Report on vaccination North-West Frontier Province 1904-1922 - 1904-1922
Year: 1904
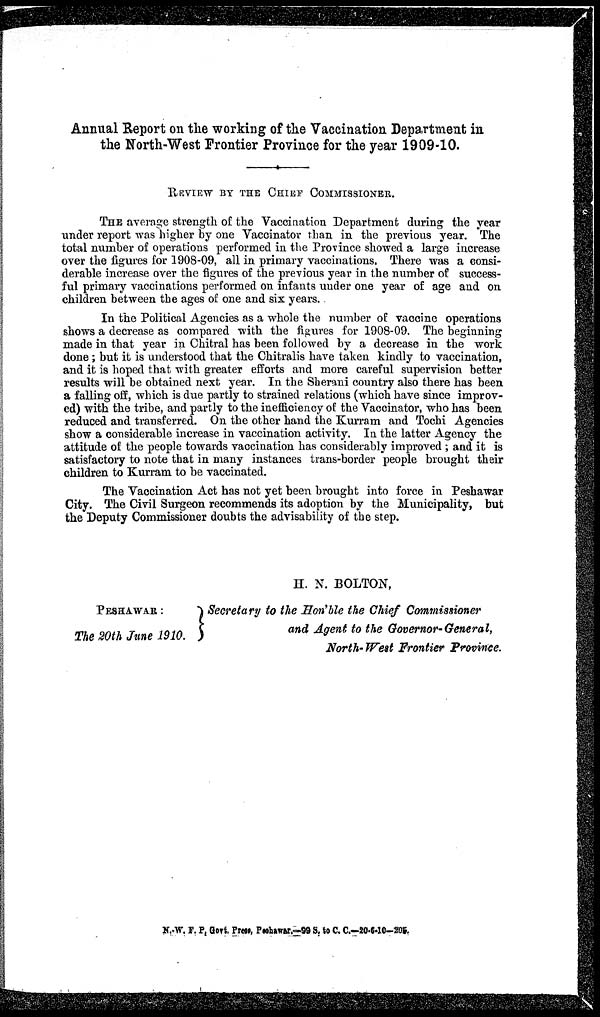
Annual Report on the working of the Vaccination Department in
the North-West Frontier Province for the year 1909-10.
REVIEW BY THE CHIEF COMMISSIONER.
THE average strength of the Vaccination Department during the year
under report was higher by one Vaccinator than in the previous year. The
total number of operations performed in the Province showed a large increase
over the figures for 1908-09, all in primary vaccinations. There was a consi-
derable increase over the figures of the previous year in the number of success-
ful primary vaccinations performed on infants under one year of age and on
children between the ages of one and six years..
In the Political Agencies as a whole the number of vaccine operations
shows a decrease as compared with the figures for 1908-09. The beginning
made in that year in Chitral has been followed by a decrease in the work
done; but it is understood that the Chitralis have taken kindly to vaccination,
and it is hoped that with greater efforts and more careful supervision better
results will be obtained next year. In the Sherani country also there has been
a falling off, which is due partly to strained relations (which have since improv-
ed) with the tribe, and partly to the inefficiency of the Vaccinator, who has been
reduced and transferred. On the other hand the Kurram and Tochi Agencies
show a considerable increase in vaccination activity. In the latter Agency the
attitude of the people towards vaccination has considerably improved; and it is
satisfactory to note that in many instances trans-border people brought their
children to Kurram to be vaccinated.
The Vaccination Act has not yet been brought into force in Peshawar
City. The Civil Surgeon recommends its adoption by the Municipality, but
the Deputy Commissioner doubts the advisability of the step.
H. N. BOLTON,
PESHAWAR :
The 20th June 1910.
Secretary to the Hon'ble the Chief Commissioner
and Agent to the Governor-General,
North-West Frontier Province.
N.-W. F. P, Govt. Press, Peshawar.—99 S. to C. C.—20-6-10-205.